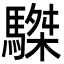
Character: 䮪